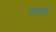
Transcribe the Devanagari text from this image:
सहभात